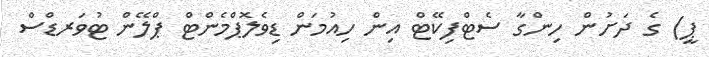
ޕީ) ގެ ދަށުން ހިންގާ ސެޓްފިކޭޓް އިން ހިއުމަން ޑިވެލޮޕްމެންޓް ޕްލޭން ޓުވަރޑްސް